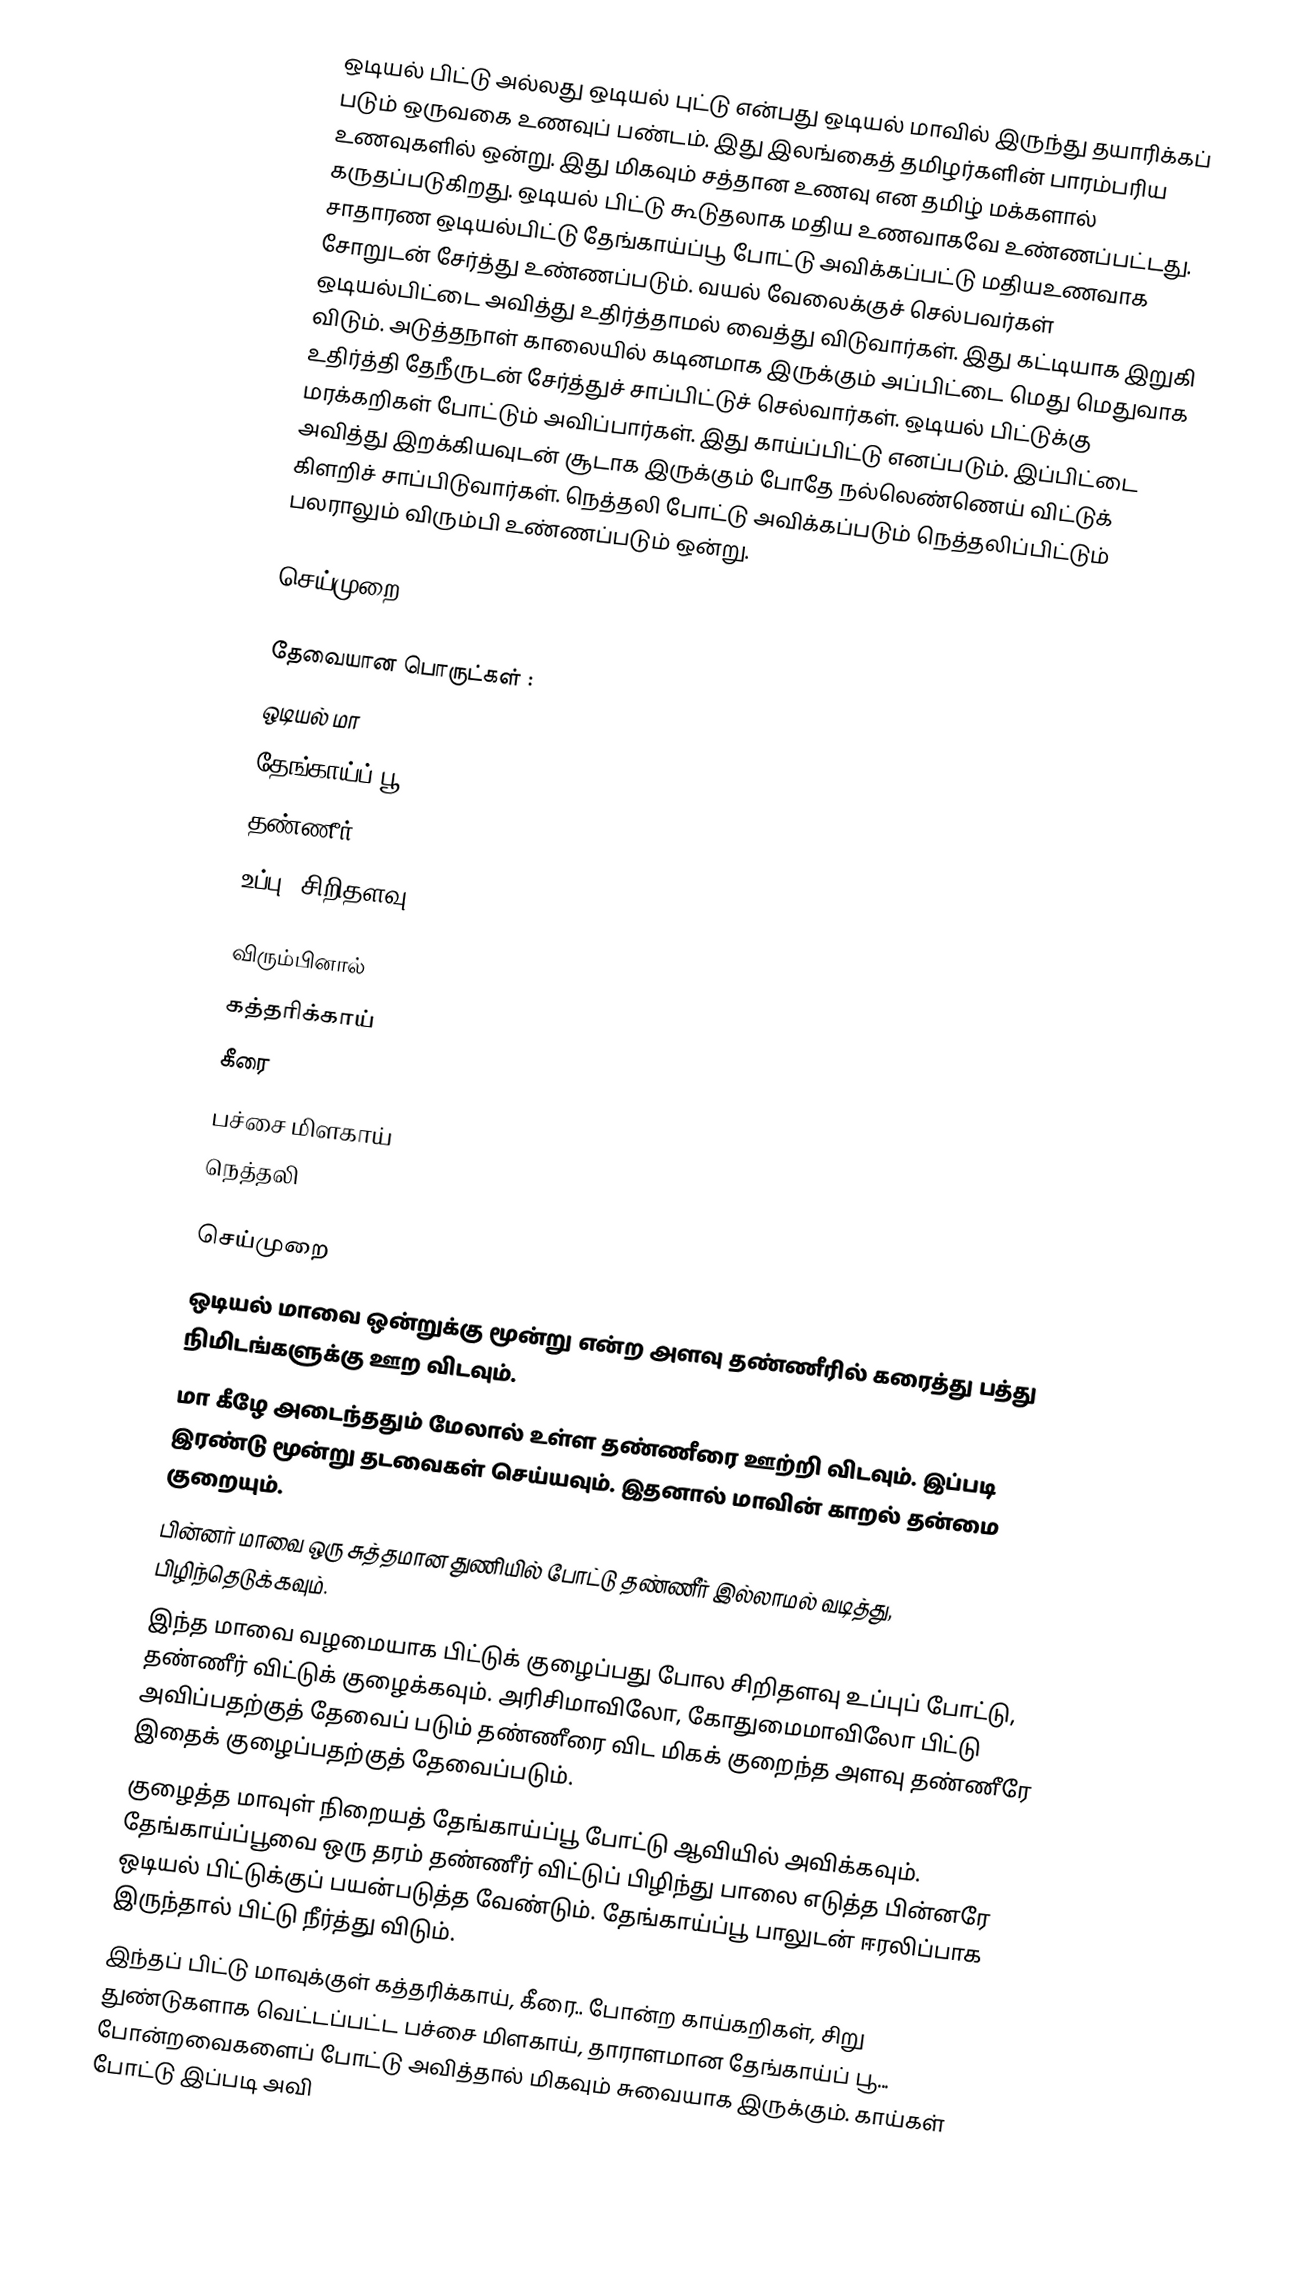
ஒடியல் பிட்டு அல்லது ஒடியல் புட்டு என்பது ஒடியல் மாவில் இருந்து தயாரிக்கப் படும் ஒருவகை உணவுப் பண்டம். இது இலங்கைத் தமிழர்களின் பாரம்பரிய உணவுகளில் ஒன்று. இது மிகவும் சத்தான உணவு என தமிழ் மக்களால் கருதப்படுகிறது. ஒடியல் பிட்டு கூடுதலாக மதிய உணவாகவே உண்ணப்பட்டது. சாதாரண ஒடியல்பிட்டு தேங்காய்ப்பூ போட்டு அவிக்கப்பட்டு மதியஉணவாக சோறுடன் சேர்த்து உண்ணப்படும். வயல் வேலைக்குச் செல்பவர்கள் ஒடியல்பிட்டை அவித்து உதிர்த்தாமல் வைத்து விடுவார்கள். இது கட்டியாக இறுகி விடும். அடுத்தநாள் காலையில் கடினமாக இருக்கும் அப்பிட்டை மெது மெதுவாக உதிர்த்தி தேநீருடன் சேர்த்துச் சாப்பிட்டுச் செல்வார்கள். ஒடியல் பிட்டுக்கு மரக்கறிகள் போட்டும் அவிப்பார்கள். இது காய்ப்பிட்டு எனப்படும். இப்பிட்டை அவித்து இறக்கியவுடன் சூடாக இருக்கும் போதே நல்லெண்ணெய் விட்டுக் கிளறிச் சாப்பிடுவார்கள். நெத்தலி போட்டு அவிக்கப்படும் நெத்தலிப்பிட்டும் பலராலும் விரும்பி உண்ணப்படும் ஒன்று.

செய்முறை

தேவையான பொருட்கள் :
 ஒடியல் மா
 தேங்காய்ப் பூ
 தண்ணீர்
 உப்பு (சிறிதளவு )

விரும்பினால்
 கத்தரிக்காய்
 கீரை
 பச்சை மிளகாய்
 நெத்தலி

செய்முறை
 ஒடியல் மாவை ஒன்றுக்கு மூன்று என்ற அளவு தண்ணீரில் கரைத்து பத்து நிமிடங்களுக்கு ஊற விடவும்.
 மா கீழே அடைந்ததும் மேலால் உள்ள தண்ணீரை ஊற்றி விடவும். இப்படி இரண்டு மூன்று தடவைகள் செய்யவும். இதனால் மாவின் காறல் தன்மை குறையும்.
 பின்னர் மாவை ஒரு சுத்தமான துணியில் போட்டு தண்ணீர் இல்லாமல் வடித்து, பிழிந்தெடுக்கவும்.
 இந்த மாவை வழமையாக பிட்டுக் குழைப்பது போல சிறிதளவு உப்புப் போட்டு, தண்ணீர் விட்டுக் குழைக்கவும். அரிசிமாவிலோ, கோதுமைமாவிலோ பிட்டு அவிப்பதற்குத் தேவைப் படும் தண்ணீரை விட மிகக் குறைந்த அளவு தண்ணீரே இதைக் குழைப்பதற்குத் தேவைப்படும்.
 குழைத்த மாவுள் நிறையத் தேங்காய்ப்பூ போட்டு ஆவியில் அவிக்கவும். தேங்காய்ப்பூவை ஒரு தரம் தண்ணீர் விட்டுப் பிழிந்து பாலை எடுத்த பின்னரே ஒடியல் பிட்டுக்குப் பயன்படுத்த வேண்டும். தேங்காய்ப்பூ பாலுடன் ஈரலிப்பாக இருந்தால் பிட்டு நீர்த்து விடும்.
 இந்தப் பிட்டு மாவுக்குள் கத்தரிக்காய், கீரை.. போன்ற காய்கறிகள், சிறு துண்டுகளாக வெட்டப்பட்ட பச்சை மிளகாய், தாராளமான தேங்காய்ப் பூ... போன்றவைகளைப் போட்டு அவித்தால் மிகவும் சுவையாக இருக்கும். காய்கள் போட்டு இப்படி அவி